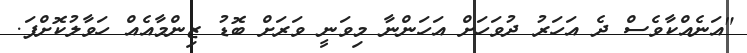
"އަނެއްކާވެސް ދެ އަހަރު ދުވަހަށް އަހަންނާ މިވަނީ ވަރަށް ބޮޑު ޒިންމާއެއް ހަވާލުކޮށްފަ.